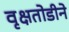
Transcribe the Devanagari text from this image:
वृक्षतोडीने